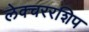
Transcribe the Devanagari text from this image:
लेक्चररशिप